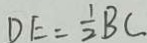
D E = \frac { 1 } { 2 } B C